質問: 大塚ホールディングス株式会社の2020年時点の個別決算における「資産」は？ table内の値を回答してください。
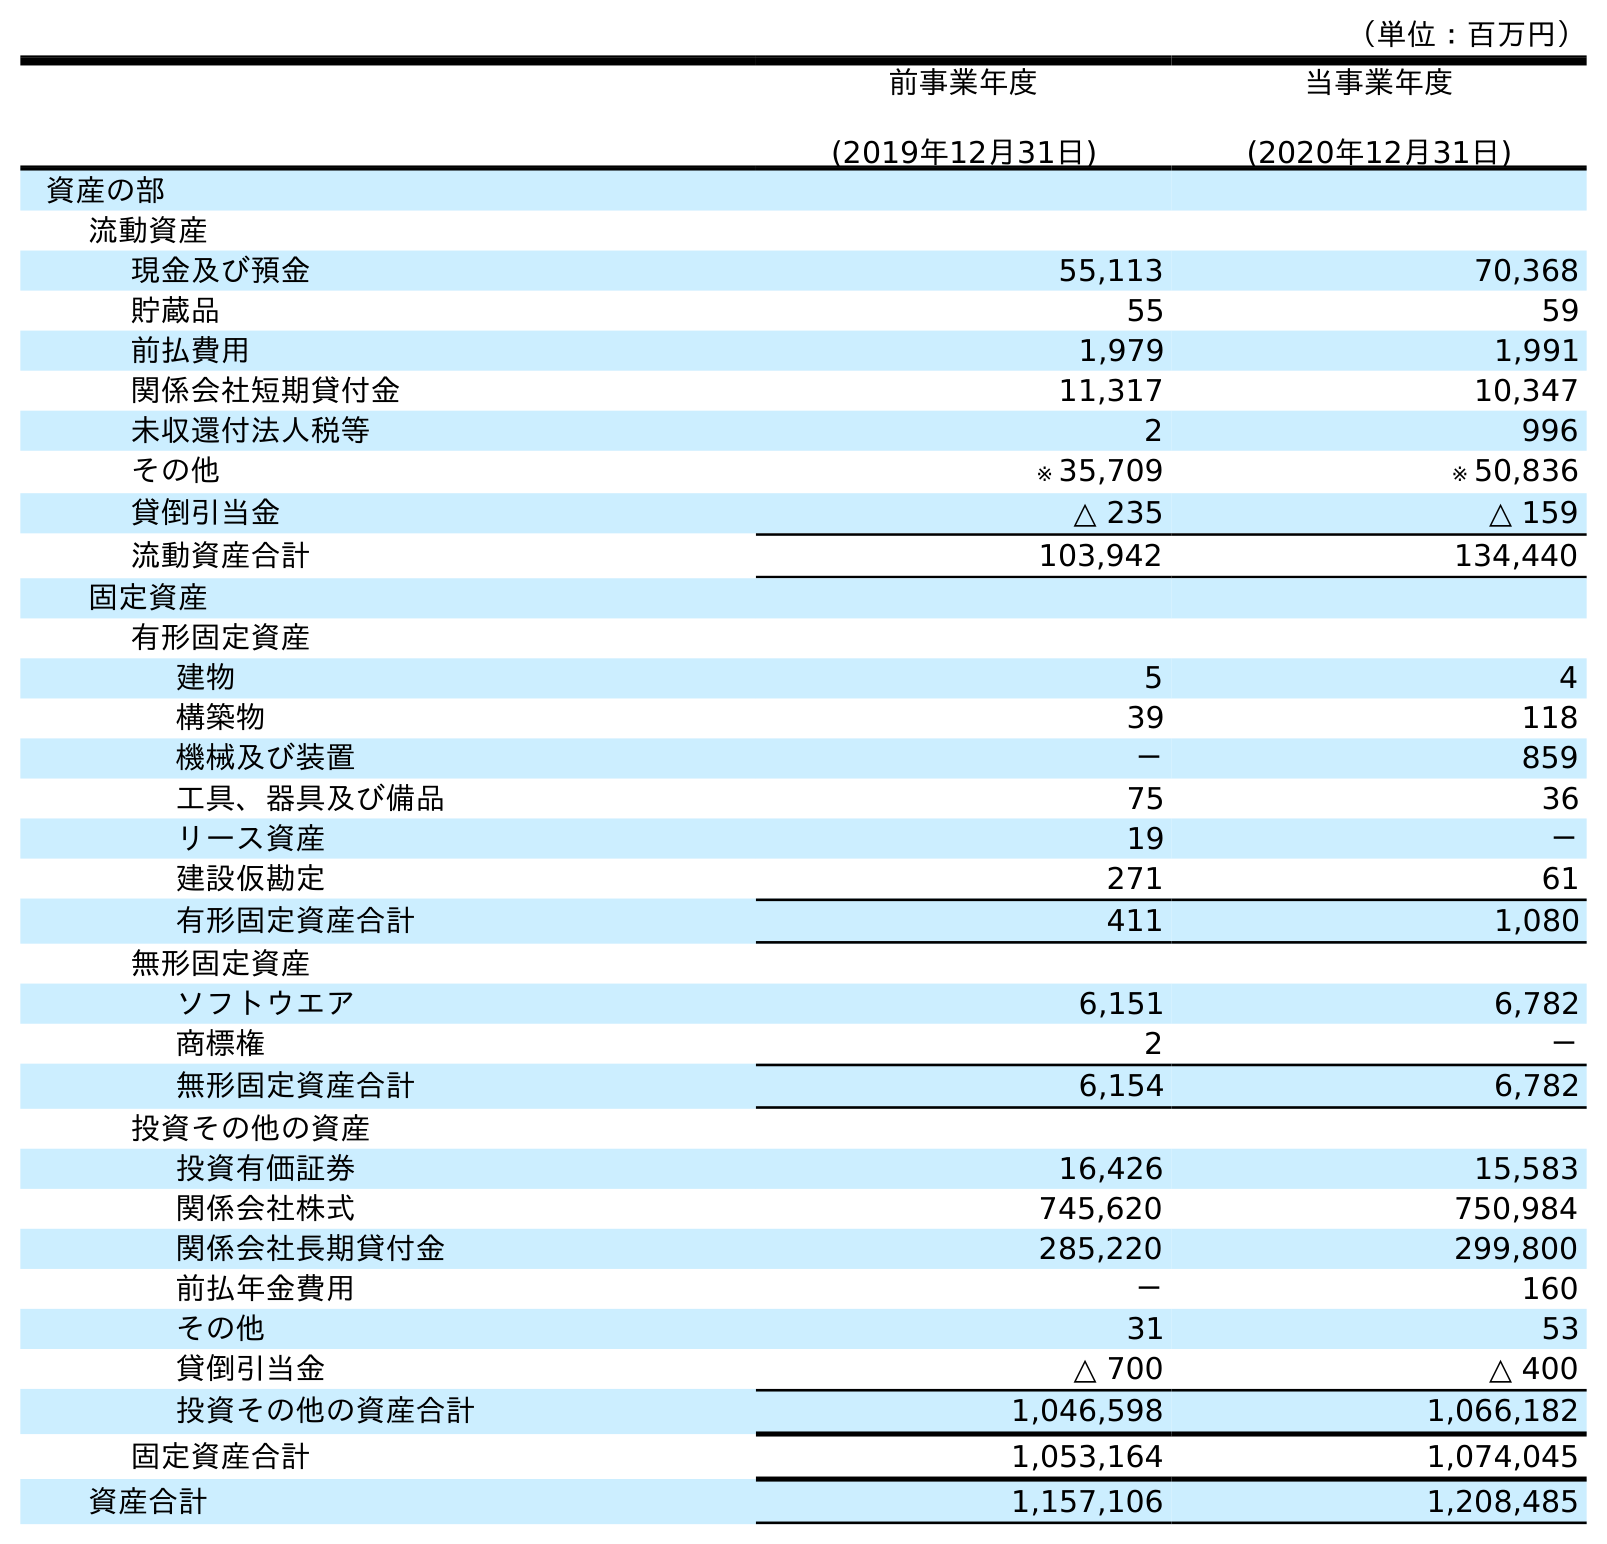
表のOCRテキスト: （単位：百万円） 前事業年度 (2019年12月31日) 当事業年度 (2020年12月31日) 資産の部 流動資産 現金及び預金 55,113 70,368 貯蔵品 55 59 前払費用 1,979 1,991 関係会社短期貸付金 11,317 10,347 未収還付法人税等 2 996 その他 ※ 35,709 ※ 50,836 貸倒引当金 △ 235 △ 159 流動資産合計 103,942 134,440 固定資産 有形固定資産 建物 5 4 構築物 39 118 機械及び装置 － 859 工具、器具及び備品 75 36 リース資産 19 － 建設仮勘定 271 61 有形固定資産合計 411 1,080 無形固定資産 ソフトウエア 6,151 6,782 商標権 2 － 無形固定資産合計 6,154 6,782 投資その他の資産 投資有価証券 16,426 15,583 関係会社株式 745,620 750,984 関係会社長期貸付金 285,220 299,800 前払年金費用 － 160 その他 31 53 貸倒引当金 △ 700 △ 400 投資その他の資産合計 1,046,598 1,066,182 固定資産合計 1,053,164 1,074,045 資産合計 1,157,106 1,208,485
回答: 1,208,485